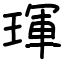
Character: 琿